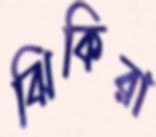
ঝিকিরা